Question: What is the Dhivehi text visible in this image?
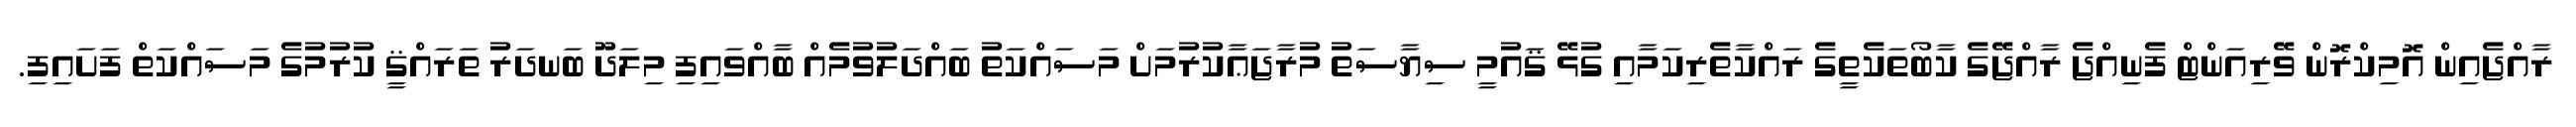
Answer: ރާއްޖެއިން އޮމިކްރޮން ވޭރިއަންޓް ފެނިއްޖެ ރާއްޖޭގެ ކާބޯތަކެތީގެ ރައްކާތެރިކަމާއި ގުޅޭ ޤައުމީ ސިޔާސަތު މުރާޖަޢާކުރުމަށް މަސައްކަތު ބައްދަލުވުމެއް ބާއްވައިފި މިލަދޫ ބަނދަރު ތަރައްޤީ ކުރުމުގެ މަސައްކަތް ފަށައިފި.